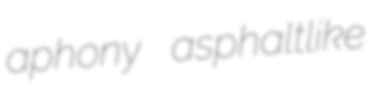
aphony asphaltlike